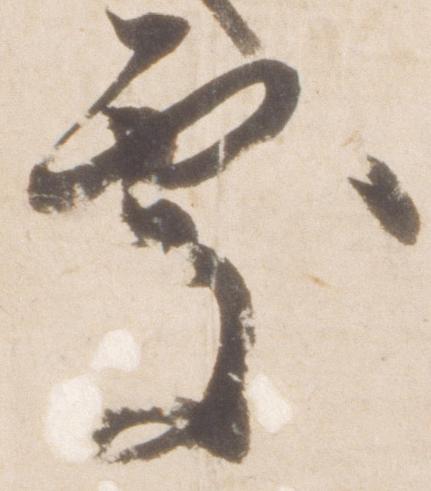
処